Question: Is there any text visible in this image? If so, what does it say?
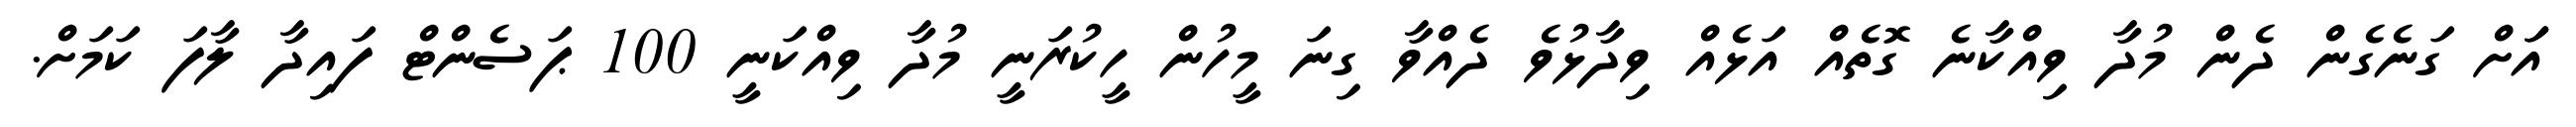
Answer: އަަށް ގަނެގެން ދެން މުދާ ވިއްކާނެ ގޮތެއް އަޅެއް ވިދާޅުވެ ދެއްވާ ގިނަ މީހުން ހީކުރަނީ މުދާ ވިއްކަނީ 100 ޕަސެންޓް ފައިދާ ލާފަ ކަމަށް.